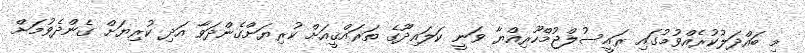
މި ބައްދަލުކުރެއްވުމުގައި ރައީސުލްޖުމްހޫރިއްޔާ ވަނީ ކަލައިދޫގެ ތަރައްޤީއަށް ކުރިޔަށްގެންދަވާ އަދި ކުރިޔަށް ގެންދެވުމަށް